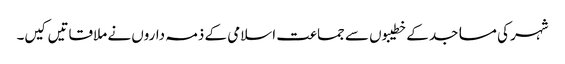
شہر کی مساجد کے خطیبوں سے جماعت اسلامی کے ذمہ داروں نے ملاقاتیں کیں۔